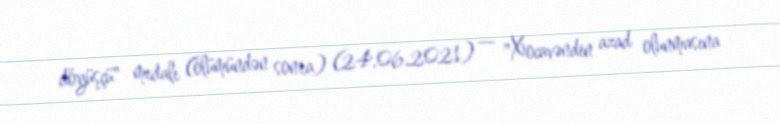
döyüşçü" medalı (ölümündən sonra) (24.06.2021) — "Xocavəndin azad olunmasına